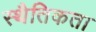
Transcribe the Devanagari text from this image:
स्थैतिकता